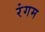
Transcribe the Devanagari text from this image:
रंगम